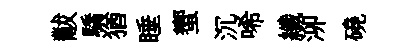
黻驕猶睡蠁沉唏纖泖磽